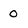
Character: 0